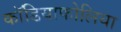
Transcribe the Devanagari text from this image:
कॉडियाफोलिया